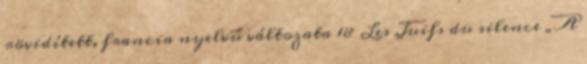
rövidített, francia nyelvű változata 18 Les Juifs du silence „A